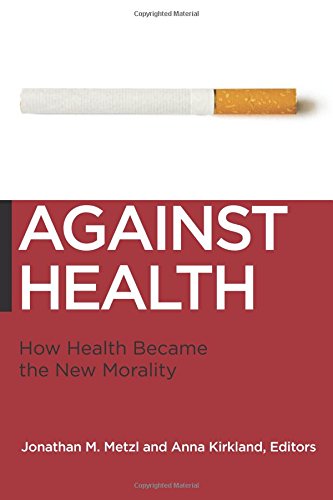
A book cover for Against Health: How Health Became the New Morality (Biopolitics); Politics & Social Sciences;